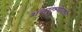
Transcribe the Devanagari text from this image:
शब्दादृश्योवाजी